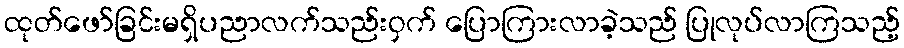
ထုတ်ဖော်ခြင်းမရှိပညာလက်သည်းဝှက် ပြောကြားလာခဲ့သည် ပြုလုပ်လာကြသည့်